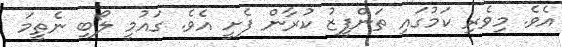
އެވެ. މިވެރި ކަމުގައި ތަންފީޒު ކުރާން ފެށީ އެވެ. ގައުމީ ލޯބި ނެތީމަ